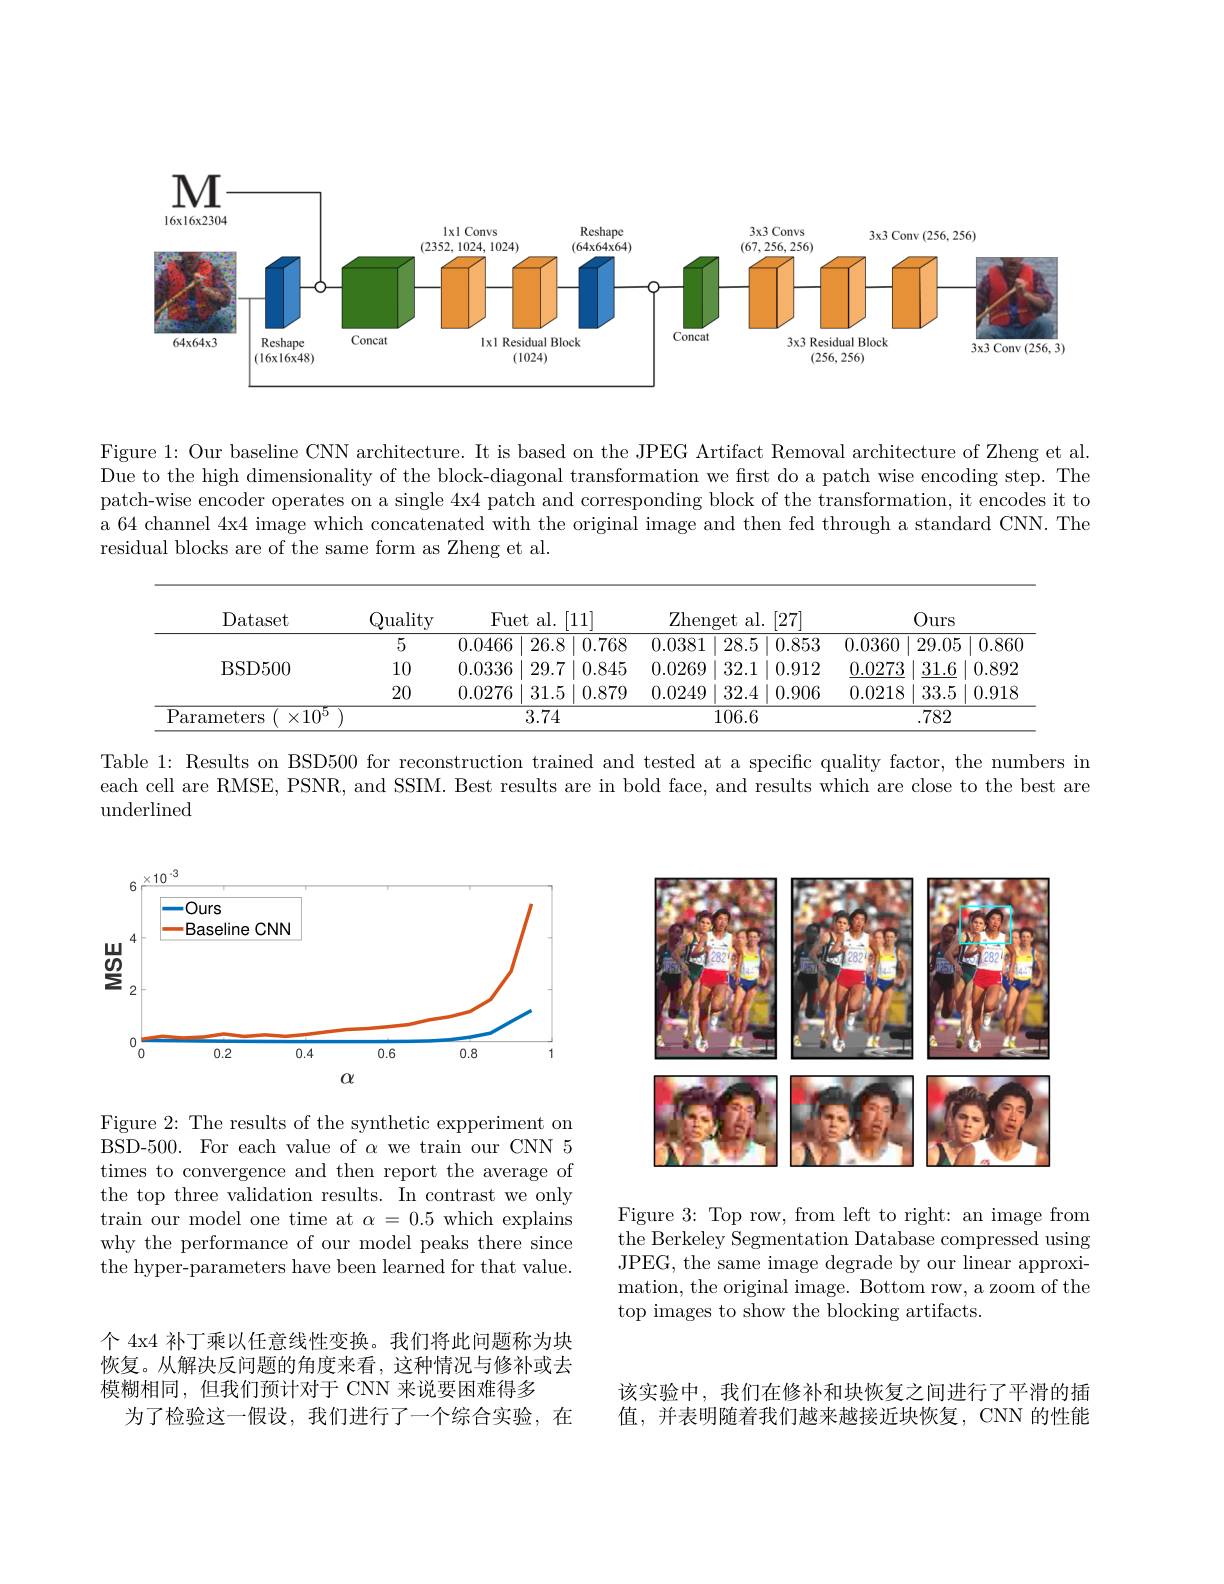
<FigureHere>

Figure 1: Our baseline CNN architecture. It is based on the JPEG Artifact Removal architecture of Zheng et al. Due to the high dimensionality of the block-diagonal transformation we first do a patch wise encoding step. The patch-wise encoder operates on a single 4x4 patch and corresponding block of the transformation, it encodes it to a 64 channel 4x4 image which concatenated with the original image and then fed through a standard CNN. The residual blocks are of the same form as Zheng et al.

<table>
	<tbody>
		<tr>
			<th>Dataset</th>
			<th>Quality</th>
			<th>Fuet al.</th>
			<th>$[11]^{\cdot}$</th>
			<th>Zhenget al. [2</th>
			<th>7</th>
			<th>0</th>
			<th>urs</th>
		</tr>
		<tr>
			<td rowspan="2">BSD500</td>
			<td>5</td>
			<td>0.0466 26.8</td>
			<td>.8 0.768</td>
			<td>0.0381 28.5 0</td>
			<td>853 0.0{:}</td>
			<td>).0360 2</td>
			<td>9.05 0.86(</td>
		</tr>
		<tr>
			<td>10</td>
			<td>0.0336 29.7</td>
			<td>.7 0.845</td>
			<td>0.0269 32.1 0</td>
			<td>912 0.0</td>
			<td>0.0273</td>
			<td>$\underline{31.6}$ 0.892</td>
		</tr>
		<tr>
			<td> </td>
			<td>20</td>
			<td>0.0276 31.5</td>
			<td>.5 0.879</td>
			<td>0.0249 32.4 11</td>
			<td>906 0.0</td>
			<td>0.0218</td>
			<td>33.5 0.918</td>
		</tr>
		<tr>
			<td>$\mathrm{P}_{i}$ arameters $\times10^{5}$</td>
			<td> </td>
			<td>3.74</td>
			<td>4</td>
			<td>106.6</td>
			<td> </td>
			<td> </td>
			<td>782</td>
		</tr>
	</tbody>
</table>

Table 1: Results on BSD500 for reconstruction trained and tested at a specific quality factor, the numbers in each cell are RMSE, PSNR, and SSIM. Best results are in bold face, and results which are close to the best are underlined

<FigureHere>

<FigureHere>

Figure 2: The results of the synthetic expperiment on BSD-500. For each value of $\alpha$ we train our CNN 5 times to convergence and then report the average of the top three validation results. In contrast we only $\begin{array}{cc}\text{train our model one time at }\alpha=0.5\end{array}$which explains why the performance of our model peaks there since the hyper-parameters have been learned for that value.

Figure 3: Top row, from left to right: an image from the Berkeley Segmentation Database compressed using JPEG, the same image degrade by our linear approximation, the original image. Bottom row, a zoom of the top images to show the blocking artifacts.

个 4x4 补丁乘以任意线性变换。我们将此问题称为块恢复。从解决反问题的角度来看，这种情况与修补或去模糊相同，但我们预计对于 CNN 来说要困难得多
为了检验这一假设，我们进行了一个综合实验，在

该实验中，我们在修补和块恢复之间进行了平滑的插值，并表明随着我们越来越接近块恢复，CNN 的性能